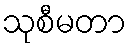
သုစီမတာ